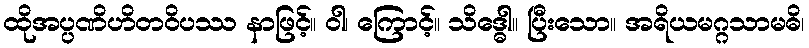
ထိုအပ္ပဏိဟိတဝိပဿ နာဖြင့်။ ဝါ၊ ကြောင့်။ သိဒ္ဓေါ။ ပြီးသော။ အရိယမဂ္ဂသာမဓိ၊